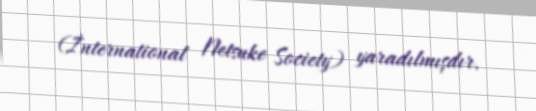
(İnternational Netsuke Society) yaradılmışdır.